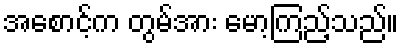
အစောင့်က တွမ်အား မော့ကြည့်သည်။